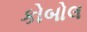
કોબોલ